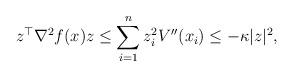
LaTeX: \begin{align*}z^\top\nabla^2f(x) z &\le \sum_{i=1}^n z_i^2V''(x_i) \le -\kappa |z|^2,\end{align*}